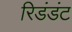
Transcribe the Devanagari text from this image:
रिडंडंट